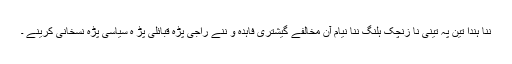
ننا ہندا تین پہ تینی نا زنچک ہلنگ ننا نیام آن مخالفے گیشتری فاہدہ و ننے راجی پڑہ قبائلی پڑ ہ سیاسی پڑہ نسخانی کرینے ۔